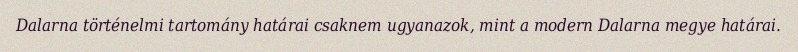
Dalarna történelmi tartomány határai csaknem ugyanazok, mint a modern Dalarna megye határai.